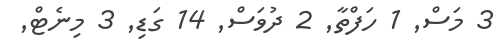
3 މަސް